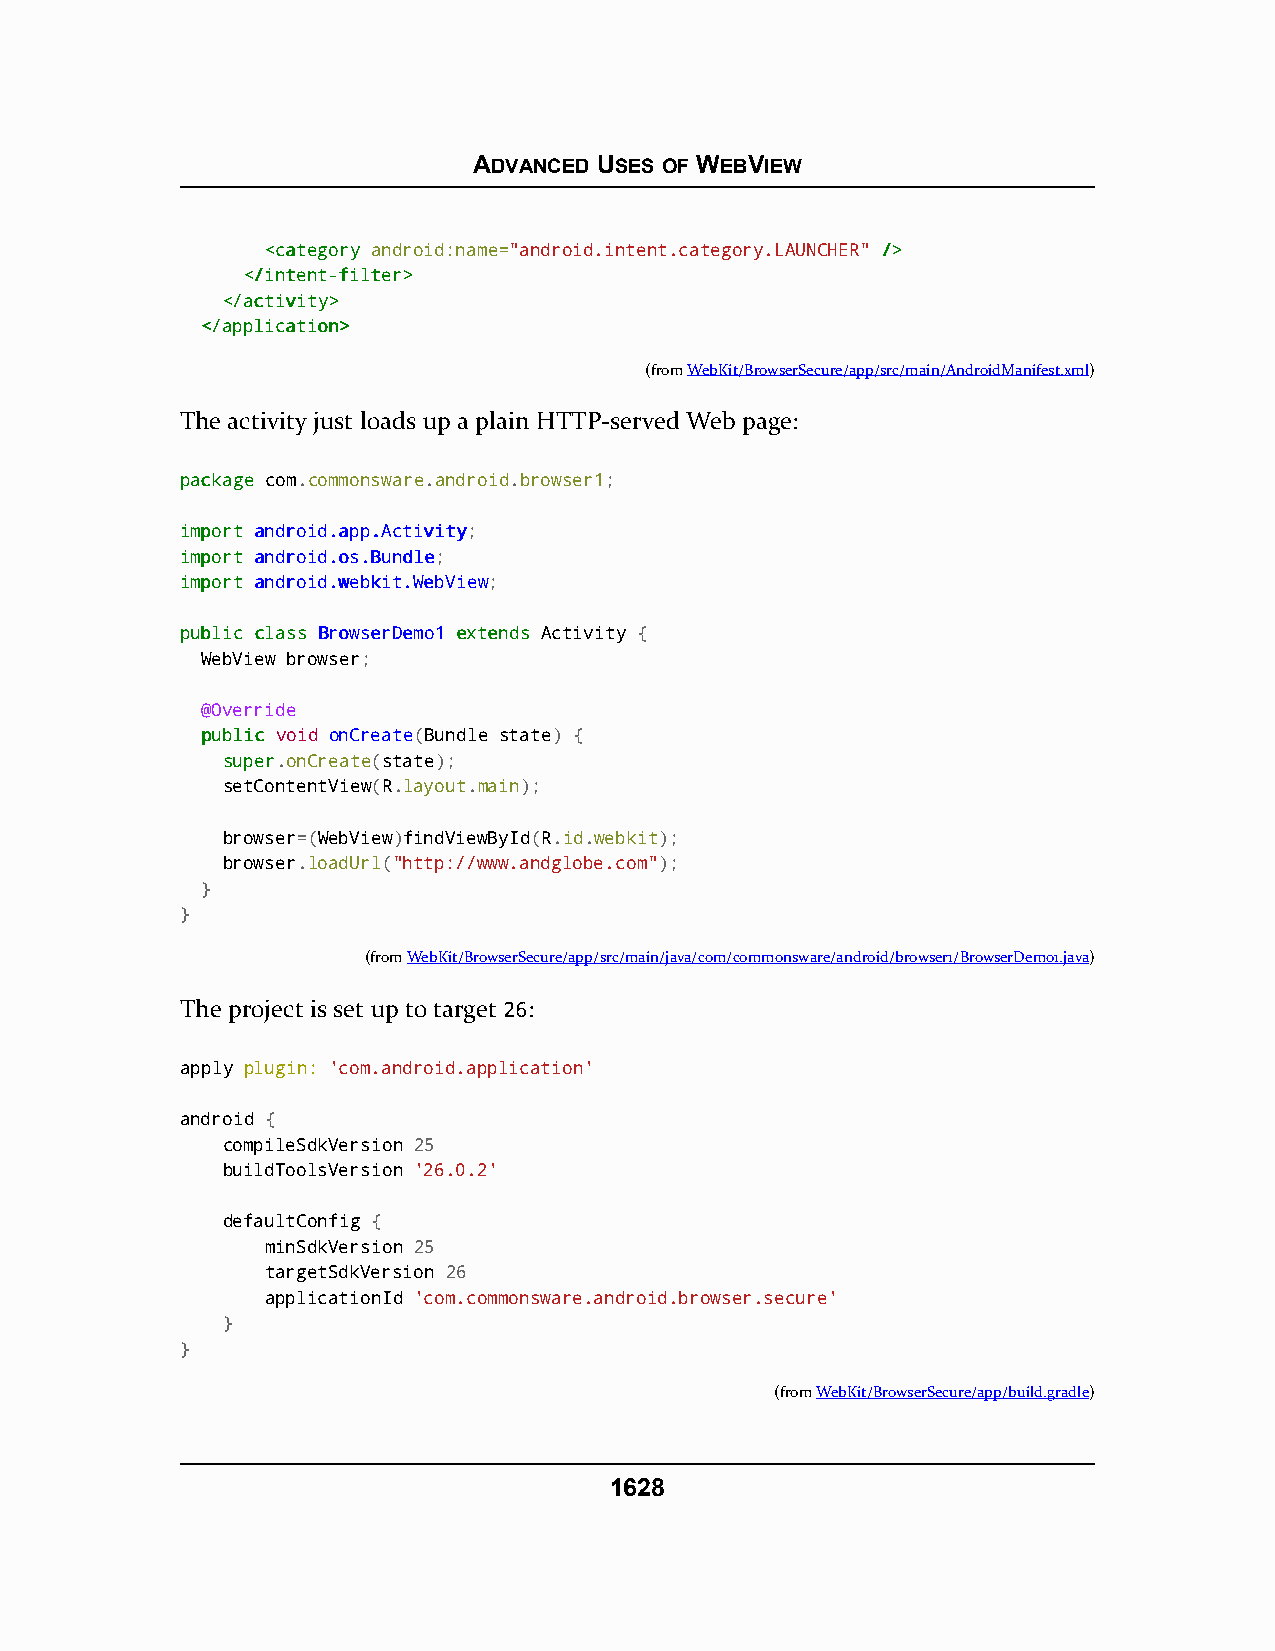
ADVANCED USES OF WEBVIEW
 <<ccaatteeggoorryy android:name="android.intent.category.LAUNCHER" //>>
 <<//iinntteenntt--ffiilltteerr>>
 <<//aaccttiivviittyy>>
 <<//aapppplliiccaattiioonn>>
 (fromWebKit/BrowserSecure/app/src/main/AndroidManifest.xml)
 The activity just loads up a plain HTTP-served Web page:
 ppaacckkaaggee com.commonsware.android.browser1;
 iimmppoorrtt aannddrrooiidd..aapppp..AAccttiivviittyy;
 iimmppoorrtt aannddrrooiidd..ooss..BBuunnddllee;
 iimmppoorrtt aannddrrooiidd..wweebbkkiitt..WWeebbVViieeww;
 ppuubblliicc ccllaassss BBrroowwsseerrDDeemmoo11 eexxtteennddss Activity {
 WebView browser;
 @Override
 ppuubblliicc void onCreate(Bundle state) {
 ssuuppeerr.onCreate(state);
 setContentView(R.layout.main);
 browser=(WebView)findViewById(R.id.webkit);
 browser.loadUrl("http://www.andglobe.com");
 }
 }
 (fromWebKit/BrowserSecure/app/src/main/java/com/commonsware/android/browser1/BrowserDemo1.java)
 The project is set up to target 26:
 apply plugin: 'com.android.application'
 android {
 compileSdkVersion 25
 buildToolsVersion '26.0.2'
 defaultConfig {
 minSdkVersion 25
 targetSdkVersion 26
 applicationId 'com.commonsware.android.browser.secure'
 }
 }
 (fromWebKit/BrowserSecure/app/build.gradle)
 1628